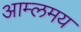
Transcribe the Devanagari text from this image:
आम्लमय